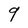
Character: 9